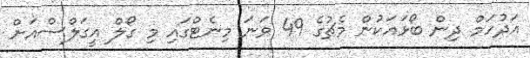
އަދުހަމް ދިން ބޯޅައަކުން މެޗުގެ 49 ވަނަ މިނެޓްގައި މި ގޯލް އީގަލްސްއަށް